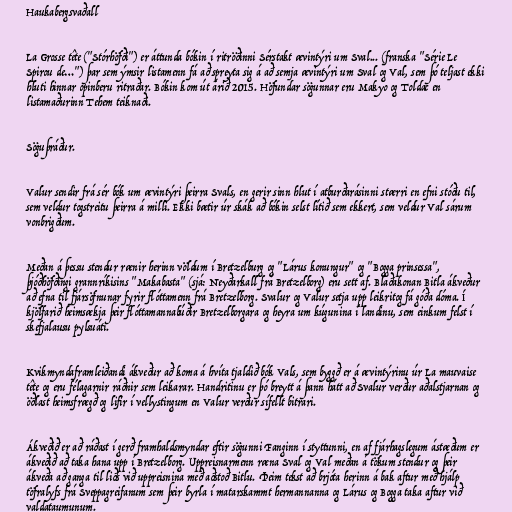
Haukabergsvaðall

La Grosse tête ("Stórhöfði") er áttunda bókin í ritröðinni Sérstakt ævintýri um Sval... (franska "Série Le
Spirou de…") þar sem ýmsir listamenn fá að spreyta sig á að semja ævintýri um Sval og Val, sem þó teljast ekki
hluti hinnar opinberu ritraðar. Bókin kom út árið 2015. Höfundar sögunnar eru Makyo og Toldac en
listamaðurinn Tehem teiknaði.

Söguþráður.

Valur sendir frá sér bók um ævintýri þeirra Svals, en gerir sinn hlut í atburðarásinni stærri en efni stóðu til,
sem veldur togstreitu þeirra á milli. Ekki bætir úr skák að bókin selst lítið sem ekkert, sem veldur Val sárum
vonbrigðum.

Meðan á þessu stendur rænir herinn völdum í Bretzelburg og "Lárus konungur" og "Bogga prinsessa",
þjóðhöfðingi grannríkisins "Makabasta" (sjá: Neyðarkall frá Bretzelborg) eru sett af. Blaðakonan Bitla ákveður
að efna til fjársöfnunar fyrir flóttamenn frá Bretzelborg. Svalur og Valur setja upp leikritog fá góða dóma. Í
kjölfarið heimsækja þeir flóttamannabúðir Bretzelborgara og heyra um kúgunina í landinu, sem einkum felst í
skefjalausu pylsuáti.

Kvikmyndaframleiðandi ákveður að koma á hvíta tjaldið bók Vals, sem byggð er á ævintýrinu úr La mauvaise
tête og eru félagarnir ráðnir sem leikarar. Handritinu er þó breytt á þann hátt að Svalur verður aðalstjarnan og
öðlast heimsfrægð og lifir í vellystingum en Valur verður sífellt bitrari.

Ákveðið er að ráðast í gerð framhaldsmyndar eftir sögunni Fanginn í styttunni, en af fjárhagslegum ástæðum er
ákveðið að taka hana upp í Bretzelborg. Uppreisnarmenn ræna Sval og Val meðan á tökum stendur og þeir
ákveða að ganga til liðs við uppreisnina með aðstoð Bitlu. Þeim tekst að brjóta herinn á bak aftur með hjálp
töfralyfs frá Sveppagreifanum sem þeir byrla í matarskammt hermannanna og Lárus og Bogga taka aftur við
valdataumunum.